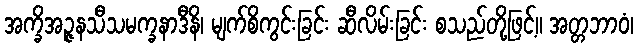
အက္ခိအဉ္ဇနသီသမက္ခနာဒီနိ၊ မျက်စိကွင်းခြင်း ဆီလိမ်းခြင်း စသည်တို့ဖြင့်။ အတ္တဘာဝံ၊